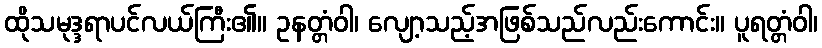
ထိုသမုဒ္ဒရာပင်လယ်ကြီး၏။ ဥနတ္တံဝါ၊ လျော့သည့်အဖြစ်သည်လည်းကောင်း။ ပူရတ္တံဝါ၊